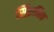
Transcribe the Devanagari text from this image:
सिंफ़निक